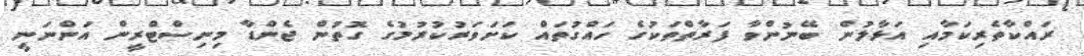
ރައްކާތެރިކަމާއި އަޅާލުން ބޭނުންވާ ފަރާތްތަކުގެ ހައްގުތައް ކަށަވަރުކުރުމުގެ ގޮތުން ޖެންޑާ މިނިސްޓްރީން އަންނަނީ